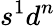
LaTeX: s^{1}d^{n}